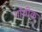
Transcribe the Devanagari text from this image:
गॉथीक